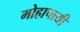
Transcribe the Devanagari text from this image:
मोहापायी